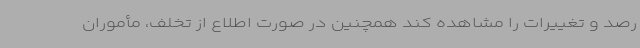
رصد و تغییرات را مشاهده کند همچنین در صورت اطلاع از تخلف، مأموران